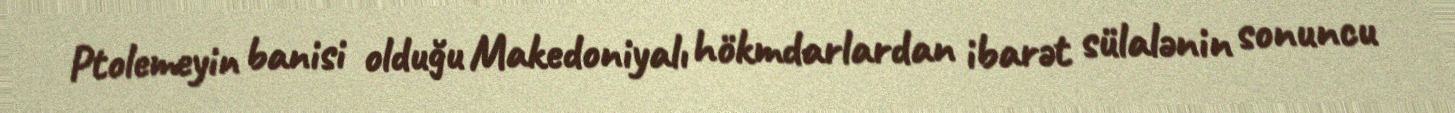
Ptolemeyin banisi olduğu Makedoniyalı hökmdarlardan ibarət sülalənin sonuncu